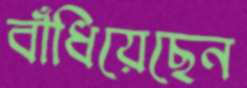
বাঁধিয়েছেন